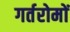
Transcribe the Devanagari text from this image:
गर्तरोमों